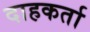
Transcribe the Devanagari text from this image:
दाहकर्ता